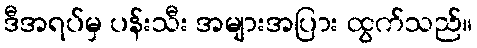
ဒီအရပ်မှ ပန်းသီး အများအပြား ထွက်သည်။